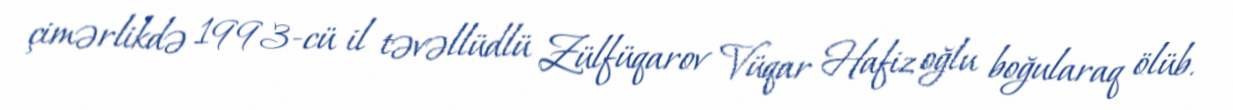
çimərlikdə 1993-cü il təvəllüdlü Zülfüqarov Vüqar Hafiz oğlu boğularaq ölüb.